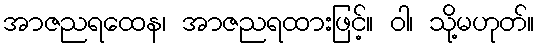
အာဇညရထေန၊ အာဇညရထားဖြင့်။ ဝါ၊ သို့မဟုတ်။